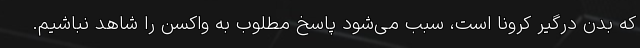
که بدن درگیر کرونا است، سبب می‌شود پاسخ مطلوب به واکسن را شاهد نباشیم.